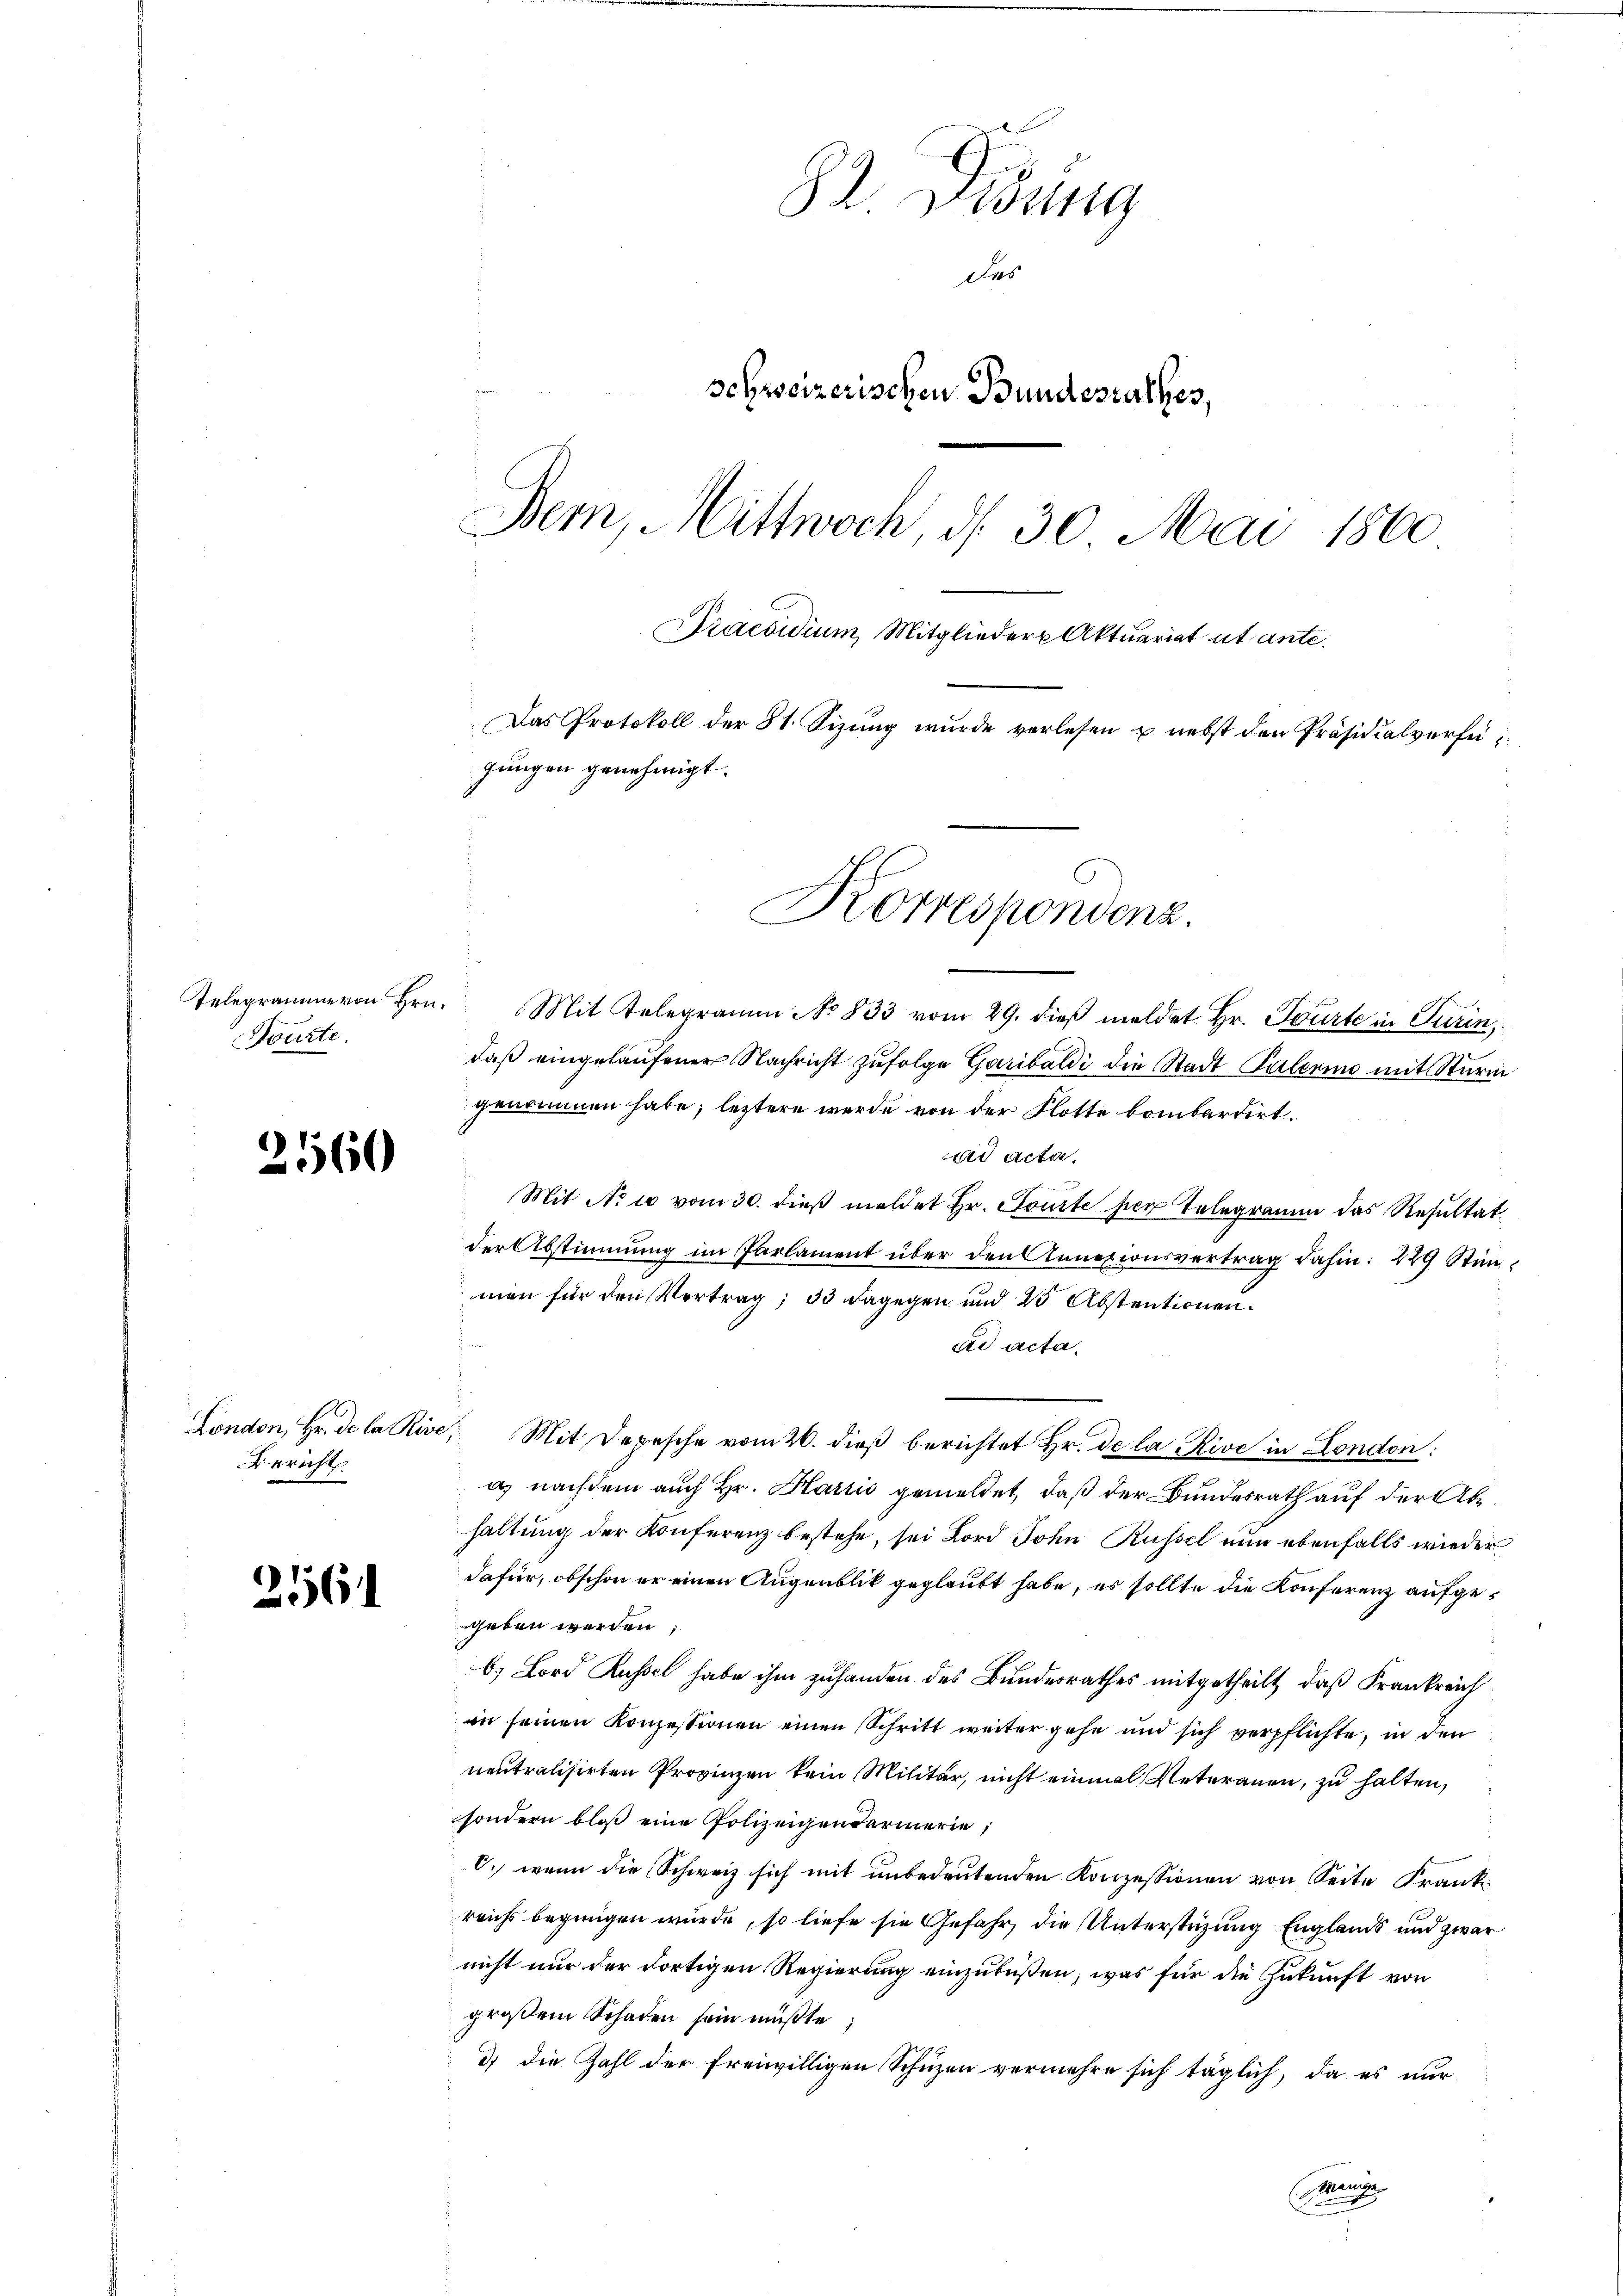
Fonzte.

2560

Bericht.

216.

82. Visung
Das
schweizerischen Bundesrathes,
Bem, Mittwoch, d. 30. Mai 1860
Praesidium, Mitglieder Aktuariat ut ante.
Das Protokoll der 81. Sizung wurde verlesen u. nebst den Präsidialverfügungen genehmigt.

Korrespondenz.

Telegramme von Hrn. Mit Telegramm No 833 vom 29. dieβ meldet Hr. Spürte in Turin,
daß eingelaufener Nachricht zufolge Garibaldi die Stadt Palerino mit Sturm
genommen habe; letztere werde von der Flotte bombardirt.
ad acta.
Mit No 2 vom 30. dieß meldet Hr. Toute per Telegramm das Resultat
der Abstimmung im Parlament über den Annexionsvertrag dahin: 229 Stimmen für den Vertrag; 33 dagegen und 23 Abstentionen.
ad acta.
London, Hr. De la Rise, Mit Depesche vom 26. dieβ berichtet Hr. De la Rive in London:
a, nachdem auch Hr. Harrić gemeldet, daß der Bundesrath auf der Abehaltung der Konferenz bestehe, sei Lord John Russel nun ebenfalls wieder
dafür, obschon er einen Augenblik geglaubt habe, es sollte die Konferenz aufgegeben werden;
b) Lord Russel habe ihm zuhanden des Bundesrathes mitgetheilt, daß Frankreich
an seinen Konzessionen einen Schritt weiter gehe und sich verpflichte, in den
neutralisirten Provinzen kein Militär, nicht einmal Veterauen, zu halten,
sondern bloß eine Polizeigendarmerie,
C. wenn die Schweiz sich mit unbedeutenden Konzessionen von Seite Frank
reichs begnügen würde, so liefe sie Gefahr, die Unterstüzung Englands und zwar
nicht nur der dortigen Regierung einzubüßen; was für die Zukunft von
großem Schaden sein mußte
3) die Zahl der freiwilligen Schuzen vermehre sich täglich, da es nur
Mange